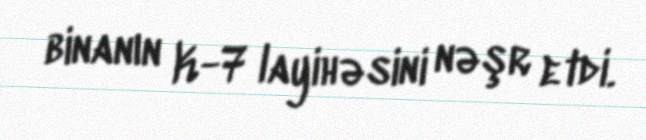
binanın K-7 layihəsini nəşr etdi.